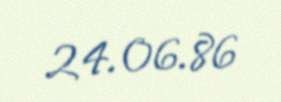
24.06.86